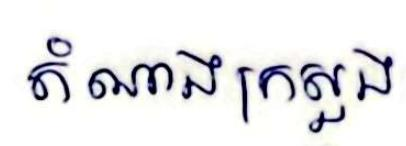
តំណាងក្រសួង